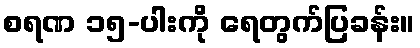
စရဏ ၁၅-ပါးကို ရေတွက်ပြခန်း။